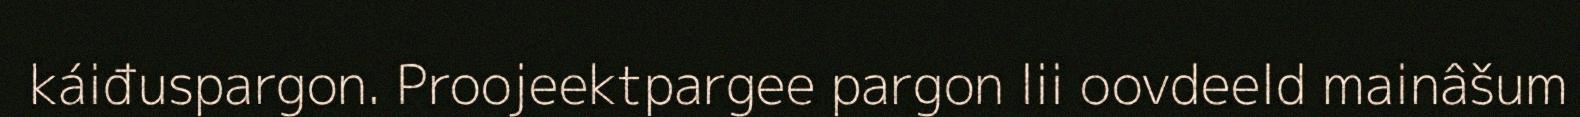
káiđuspargon. Proojeektpargee pargon lii oovdeeld mainâšum